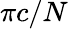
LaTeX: \pi c/N